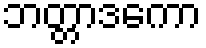
ဘတ္တာဒကော